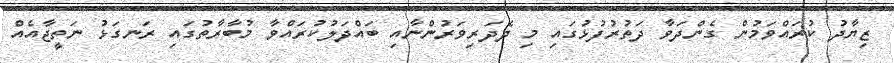
ޒިޔާދު ކުރައްވަމުން ގެންދަވާ ދަތުރުފުޅުގައި މި ދެދަރިވަރުންނާއި ބައްދަލުކުރައްވާ މުބާރާތުގައި ރަނގަޅު ނަތީޖާއެއް